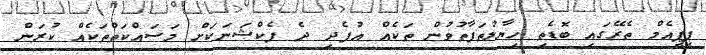
ޕީޕީއެމް ތެރޭގައި ބޮޑެތި ހިޔާލުތަފާތުވުން ތަކެއް އުފެދި ދެ ފެކްޝަނަކަށް މަސައްކަތްތަކެއް ކުރަން